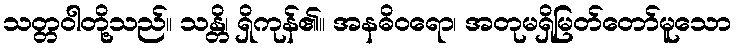
သတ္တဝါတို့သည်။ သန္တိ၊ ရှိကုန်၏။ အနဓိဝရော၊ အတုမရှိမြတ်တော်မူသော